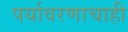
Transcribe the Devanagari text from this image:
पर्यावरणाचाही